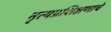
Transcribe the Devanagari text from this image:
नृत्यप्रशिक्षणाचे